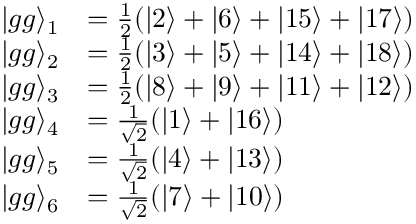
\begin{array} { r l } { \vert g g \rangle _ { 1 } } & { = \frac { 1 } { 2 } ( \vert 2 \rangle + \vert 6 \rangle + \vert 1 5 \rangle + \vert 1 7 \rangle ) } \\ { \vert g g \rangle _ { 2 } } & { = \frac { 1 } { 2 } ( \vert 3 \rangle + \vert 5 \rangle + \vert 1 4 \rangle + \vert 1 8 \rangle ) } \\ { \vert g g \rangle _ { 3 } } & { = \frac { 1 } { 2 } ( \vert 8 \rangle + \vert 9 \rangle + \vert 1 1 \rangle + \vert 1 2 \rangle ) } \\ { \vert g g \rangle _ { 4 } } & { = \frac { 1 } { \sqrt { 2 } } ( \vert 1 \rangle + \vert 1 6 \rangle ) } \\ { \vert g g \rangle _ { 5 } } & { = \frac { 1 } { \sqrt { 2 } } ( \vert 4 \rangle + \vert 1 3 \rangle ) } \\ { \vert g g \rangle _ { 6 } } & { = \frac { 1 } { \sqrt { 2 } } ( \vert 7 \rangle + \vert 1 0 \rangle ) } \end{array}